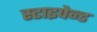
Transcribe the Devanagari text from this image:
स्टाइपेन्ड